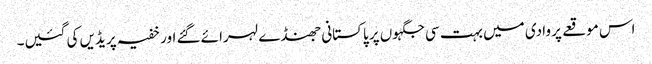
اس موقعے پر وادی میں بہت سی جگہوں پر پاکستانی جھنڈے لہرائے گئے اور خفیہ پریڈیں کی گئیں۔